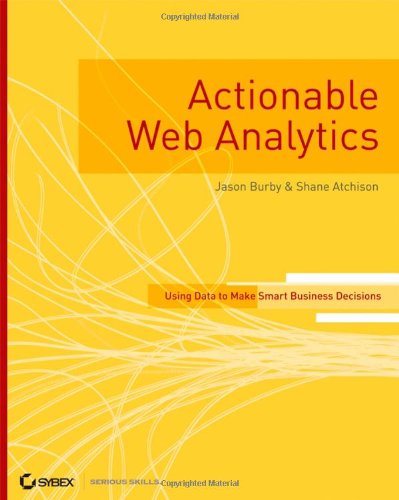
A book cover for Actionable Web Analytics: Using Data to Make Smart Business Decisions; Jason Burby; Computers & Technology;